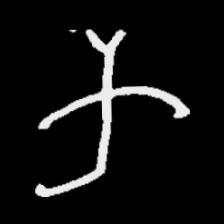
Pyu character \u2014 Myanmar letter: က (romanized: ka)